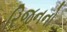
રિજનનો